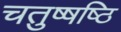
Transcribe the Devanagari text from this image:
चतुष्षष्ठि